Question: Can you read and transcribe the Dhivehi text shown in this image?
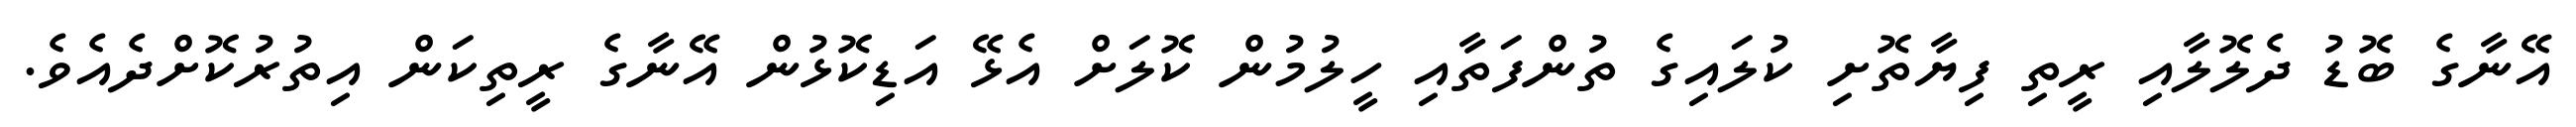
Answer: އޭނާގެ ބޮޑު ދެލޮލާއި ރީތި ފިޔާތޮށި ކުލައިގެ ތުންފަތާއި ހީލުމުން ކޮލަށް އެޅޭ އަޑިކޮޅުން އޭނާގެ ރީތިކަން އިތުރުކޮށްދެއެވެ.